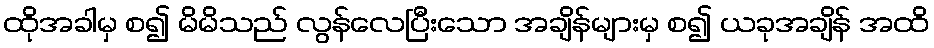
ထိုအခါမှ စ၍ မိမိသည် လွန်လေပြီးသော အချိန်များမှ စ၍ ယခုအချိန် အထိ